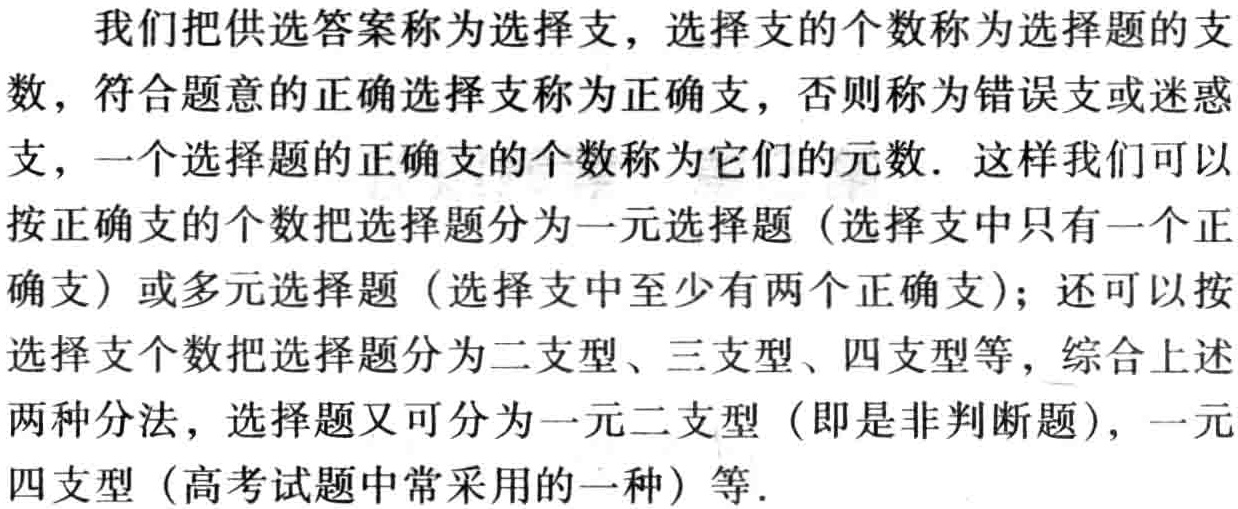
我们把供选答案称为选择支，选择支的个数称为选择题的支数，符合题意的正确选择支称为正确支，否则称为错误支或迷惑支，一个选择题的正确支的个数称为它们的元数．这样我们可以按正确支的个数把选择题分为一元选择题（选择支中只有一个正确支）或多元选择题（选择支中至少有两个正确支）；还可以按选择支个数把选择题分为二支型、三支型、四支型等，综合上述两种分法，选择题又可分为一元二支型（即是非判断题），一元四支型（高考试题中常采用的一种）等．